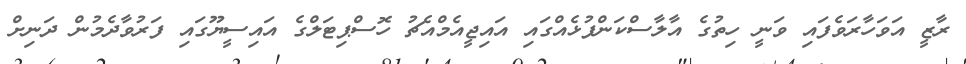
ރާޒީ އަވަހާރަވެފައި ވަނީ ހިތުގެ އާލާސްކަންފުޅެއްގައި އައިޖީއެމްއެޗު ހޮސްޕިޓަލްގެ އައިސީޔޫގައި ފަރުވާދެމުން ދަނިށް